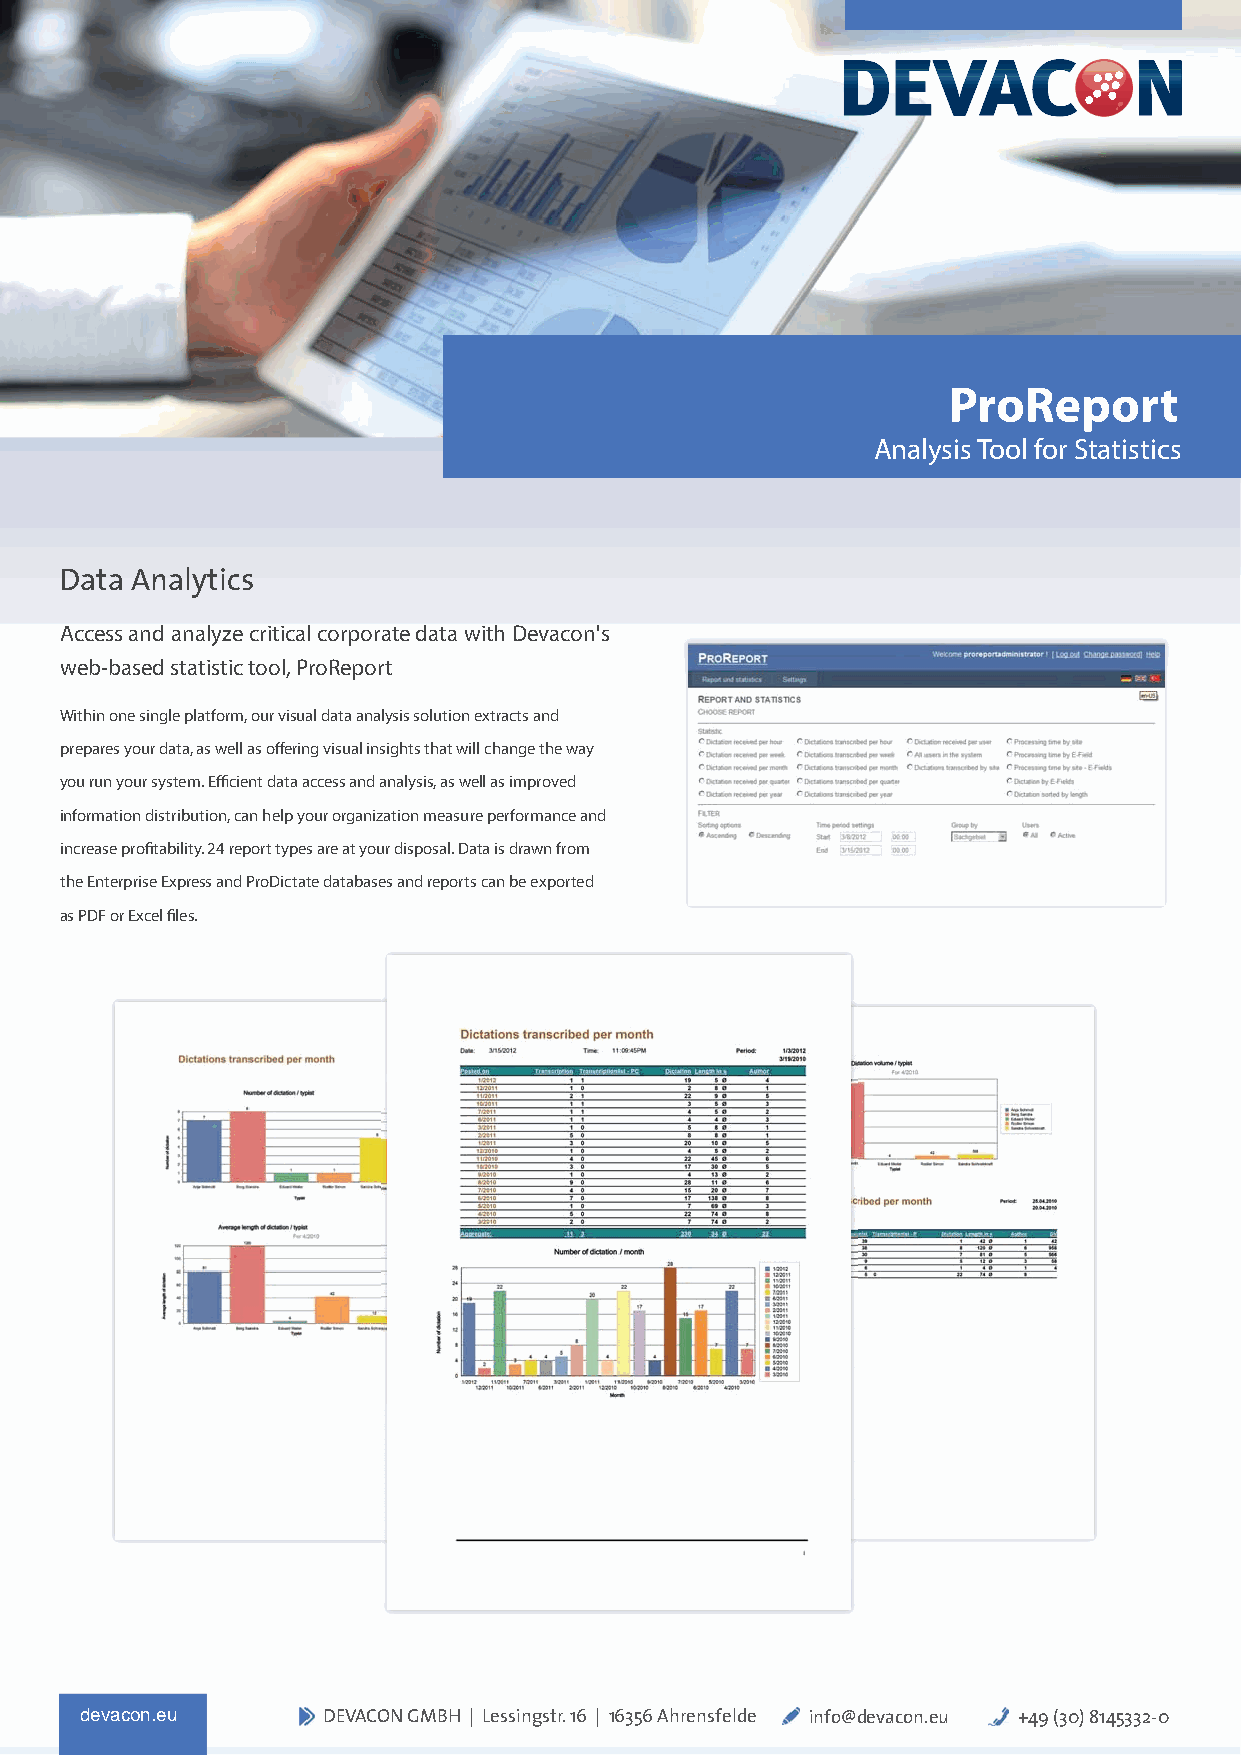
ProReport
 Analysis Tool for Statistics
 Data Analytics
 Access and analyze critical corporate data with Devacon's
 web-based statistic tool, ProReport
 Within one single platform, our visual data analysis solution extracts and
 prepares your data, as well as off ering visual insights that will change the way
 you run your system. Effi cient data access and analysis, as well as improved
 information distribution, can help your organization measure performance and
 increase profi tability. 24 report types are at your disposal. Data is drawn from
 the Enterprise Express and ProDictate databases and reports can be exported
 as PDF or Excel fi les.
 ddeevvaaccoonn..eeuu DDEEVVAACCOONN GGMMBBHH || LLeessssiinnggssttrr.. 1166 || 1166335566 AAhhrreennssffeellddee iinnffoo@@ddeevvaaccoonn..eeuu ++4499 ((3300)) 88114455333322--00